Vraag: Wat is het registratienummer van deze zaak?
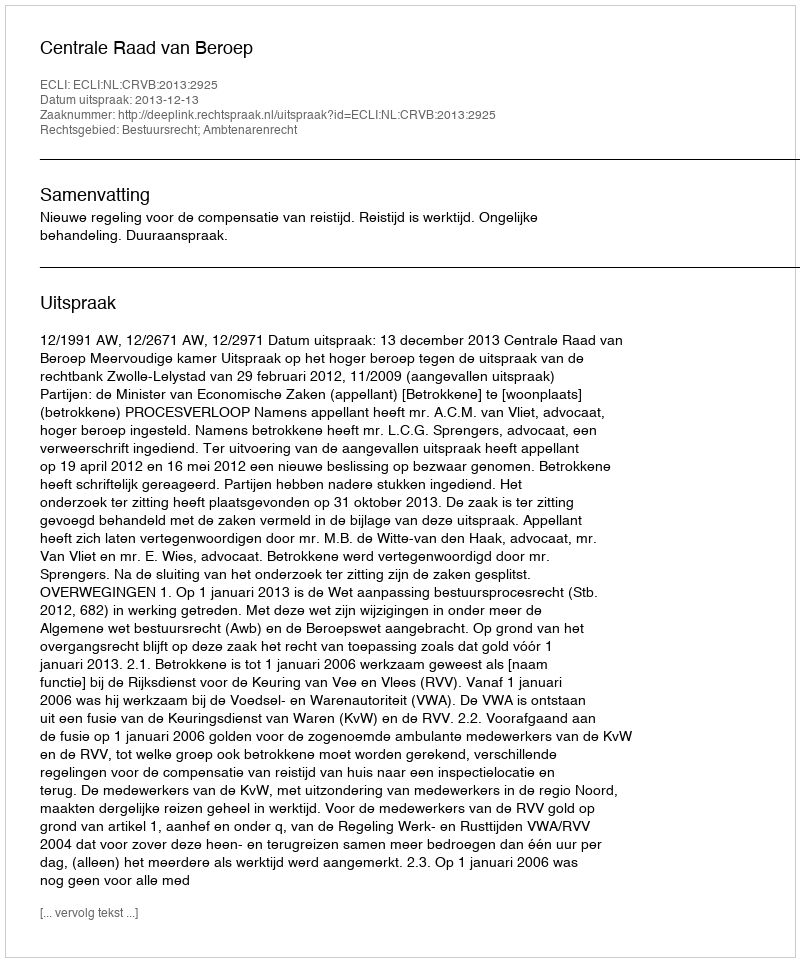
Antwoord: http://deeplink.rechtspraak.nl/uitspraak?id=ECLI:NL:CRVB:2013:2925